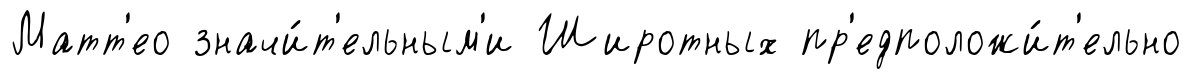
Матт'ео значи́т'ельным'и Широтных пр'едположи́т'ельно